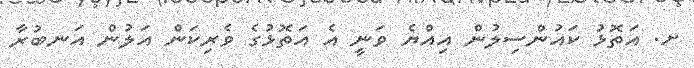
ށ. އަތޮޅު ކައުންސިލުން އިއްޔެ ވަނީ އެ އަތޮޅުގެ ވެރިކަން އަލުން އަނބުރާ